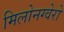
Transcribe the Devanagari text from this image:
मिलोनग्वेरो